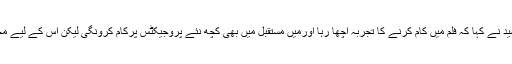
ایک سوال کے جواب میں مہرین سید نے کہا کہ فلم میں کام کرنے کا تجربہ اچھا رہا اورمیں مستقبل میں بھی کچھ نئے پروجیکٹس پرکام کرونگی لیکن اس کے لیے مجھے منفردکرداروں کی تلاش ہے۔